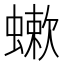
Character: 𧐁